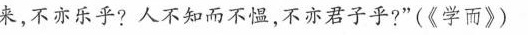
来，不亦乐乎?人不知而不愠，不亦君子乎?”(《学而》)